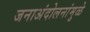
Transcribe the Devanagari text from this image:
जनाअंदोलनांमुळे